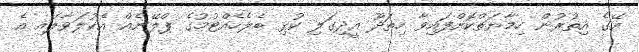
އޭގެ އިތުރުން ހިމާޔަތްކޮށްފައިވާ ހިތަދޫ އީދިގަލި ކުޅި ބެލެހެއްޓުމުގެ ޕްލޭނެއް އެކުލަވާލައި އެ